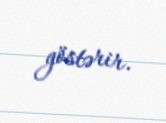
göstərir.